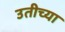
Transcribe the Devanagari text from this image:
उतीच्या